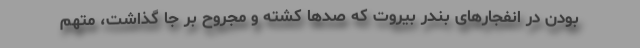
بودن در انفجار‌های بندر بیروت که صد‌ها کشته و مجروح بر جا گذاشت، متهم